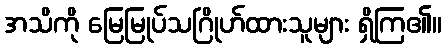
အသိကို မြေမြုပ်သဂြိုဟ်ထားသူများ ရှိကြ၏။